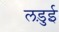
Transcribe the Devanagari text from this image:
लड़ुई